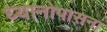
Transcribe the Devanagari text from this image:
घ्यानोपासना